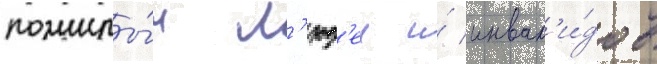
пожилы́х л'юд'еи и́ инвал'и́дов